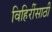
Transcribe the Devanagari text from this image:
विहिरींसाठी